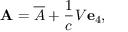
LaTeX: \mathbf { A } = { \overline { { A } } } + { \frac { 1 } { c } } V \mathbf { e } _ { 4 } ,